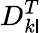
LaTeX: D_{k\mathsf{l}}^{T}